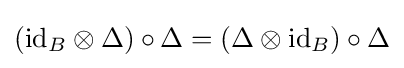
(\mathrm {id} _{B}\otimes \Delta )\circ \Delta =(\Delta \otimes \mathrm {id} _{B})\circ \Delta